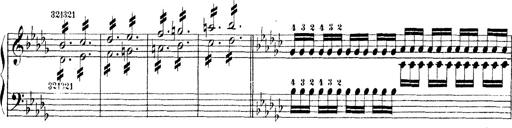
Title: Technische Studien
Composer: Franz Liszt